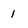
Character: 1